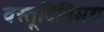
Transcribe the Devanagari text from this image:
वस्तूविनिमय